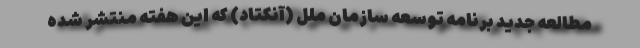
مطالعه جدید برنامه توسعه سازمان ملل (آنکتاد) که این هفته منتشر شده